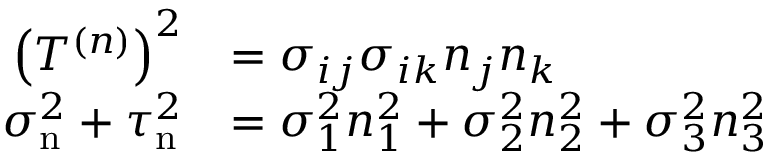
{ \begin{array} { r l } { \left( T ^ { ( n ) } \right) ^ { 2 } } & { = \sigma _ { i j } \sigma _ { i k } n _ { j } n _ { k } } \\ { \sigma _ { \mathrm { n } } ^ { 2 } + \tau _ { \mathrm { n } } ^ { 2 } } & { = \sigma _ { 1 } ^ { 2 } n _ { 1 } ^ { 2 } + \sigma _ { 2 } ^ { 2 } n _ { 2 } ^ { 2 } + \sigma _ { 3 } ^ { 2 } n _ { 3 } ^ { 2 } } \end{array} }